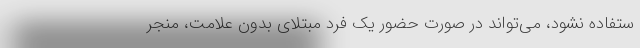
ستفاده نشود، می‌تواند در صورت حضور یک فرد مبتلای بدون علامت، منجر